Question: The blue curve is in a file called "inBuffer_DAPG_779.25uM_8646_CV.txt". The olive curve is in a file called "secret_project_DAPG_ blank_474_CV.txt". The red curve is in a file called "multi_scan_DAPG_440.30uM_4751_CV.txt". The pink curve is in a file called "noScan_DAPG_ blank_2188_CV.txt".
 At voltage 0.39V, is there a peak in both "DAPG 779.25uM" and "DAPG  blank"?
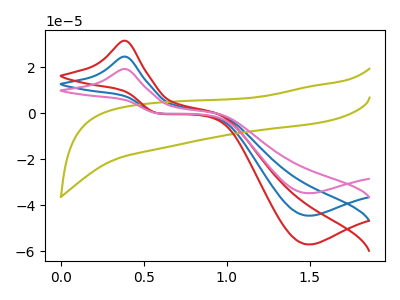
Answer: <think>The blue curve "DAPG 779.25uM" has an anodic peak at (0.40V, 24.60uA) and a cathodic peak at (1.50V, -44.50uA). The olive curve "DAPG  blank" has no peaks. The red curve "DAPG 440.30uM" has an anodic peak at (0.40V, 49.20uA) and a cathodic peak at (1.50V, -89.00uA). The pink curve "DAPG  blank" has an anodic peak at (0.40V, 19.20uA) and a cathodic peak at (1.50V, -34.75uA).</think>
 <answer>Yes, "DAPG 779.25uM" and "DAPG  blank" share a peak at 0.39V.</answer>
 <eval>match</eval>